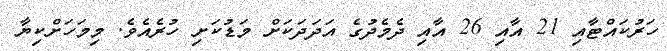
ހަރުކައްޓާއި 21 އާއި 26 އާއި ދެމެދުގެ އަދަދަަކަށް މަޑުކަށި ހުރެއެވެ. މިމަހަށްކިޔާ